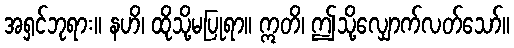
အရှင်ဘုရား။ နဟိ၊ ထိုသို့မပြုရာ။ ဣတိ၊ ဤသို့လျှောက်လတ်သော်။